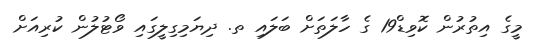
މީގެ އިތުރުން ކޮވިޑް19 ގެ ހާލަތަށް ބަލައި ތ. ދިޔަމިގިލީގައި ވޯޓުލުން ކުރިއަށް